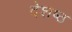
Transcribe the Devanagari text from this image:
देशष्ठ